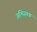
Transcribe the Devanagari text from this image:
अभिजनक